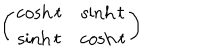
\left( \begin{matrix} { { \cosh t } } & { { \sinh t } } \\ { { \sinh t } } & { { \cosh t } } \\ \end{matrix} \right)